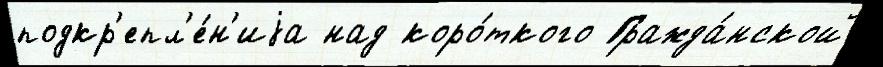
подкр'епл'е́н'иjа над коро́ткого Гражда́нской